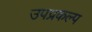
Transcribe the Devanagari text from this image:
उपप्रकल्प